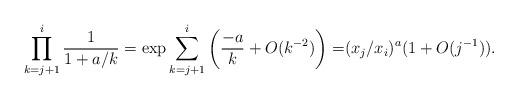
LaTeX: \begin{align*}\prod_{k=j+1}^i \frac{1}{1+a/k} =\exp \sum_{k=j+1}^i \left(\frac{-a}{k} +O(k^{-2})\right) =& (x_{j}/x_{i})^{a}(1+O(j^{-1})).\end{align*}